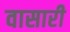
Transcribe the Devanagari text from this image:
वासारी